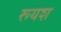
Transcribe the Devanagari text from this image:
रूयश